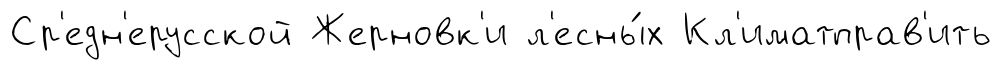
Ср'едн'ерусской Жерновк'и л'есны́х Кл'иматправ'ить